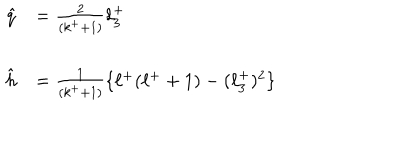
\begin{array} { l l } { { \hat { q } } } & { { = \frac { 2 } { ( k ^ { + } + 1 ) } \ell _ { 3 } ^ { + } } } \\ { { } } & { { } } \\ { { \hat { h } } } & { { = \frac { 1 } { ( k ^ { + } + 1 ) } \{ \ell ^ { + } ( \ell ^ { + } + 1 ) - ( \ell _ { 3 } ^ { + } ) ^ { 2 } \} } } \\ \end{array}